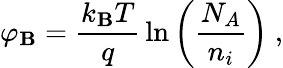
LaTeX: \varphi_{\mathbf{B}}={\frac{{k_{\mathbf{B}}T}}{{q}}}\ln\left({\frac{{N_{A}}}{{n_{i}}}}\right)\ ,